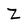
Character: Z